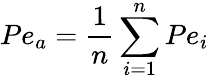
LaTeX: P{e_{a}}=\frac{1}{n}\sum_{i=1}^{n}{P{e_{i}}}